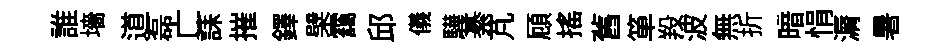
誰墻道磊亡誄摧鐸檗靄邱儀驊綦芃頋揺舊箪羖波無折暗悁漘暑